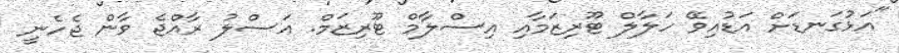
"އަޅުގަނޑަށް އަޑުއިވޭ ހަލާލް ޓޫރިޒަމާއި އިސްލާމް ޓޫރިޒަމް. އަސްލު ރާއްޖެ ވާން ޖެހެނީ